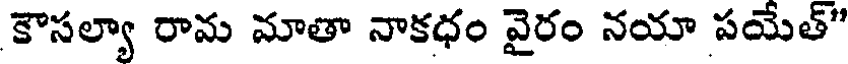
కౌసల్యా రామ మాతా నాకధం వైరం నయా పయేత్"